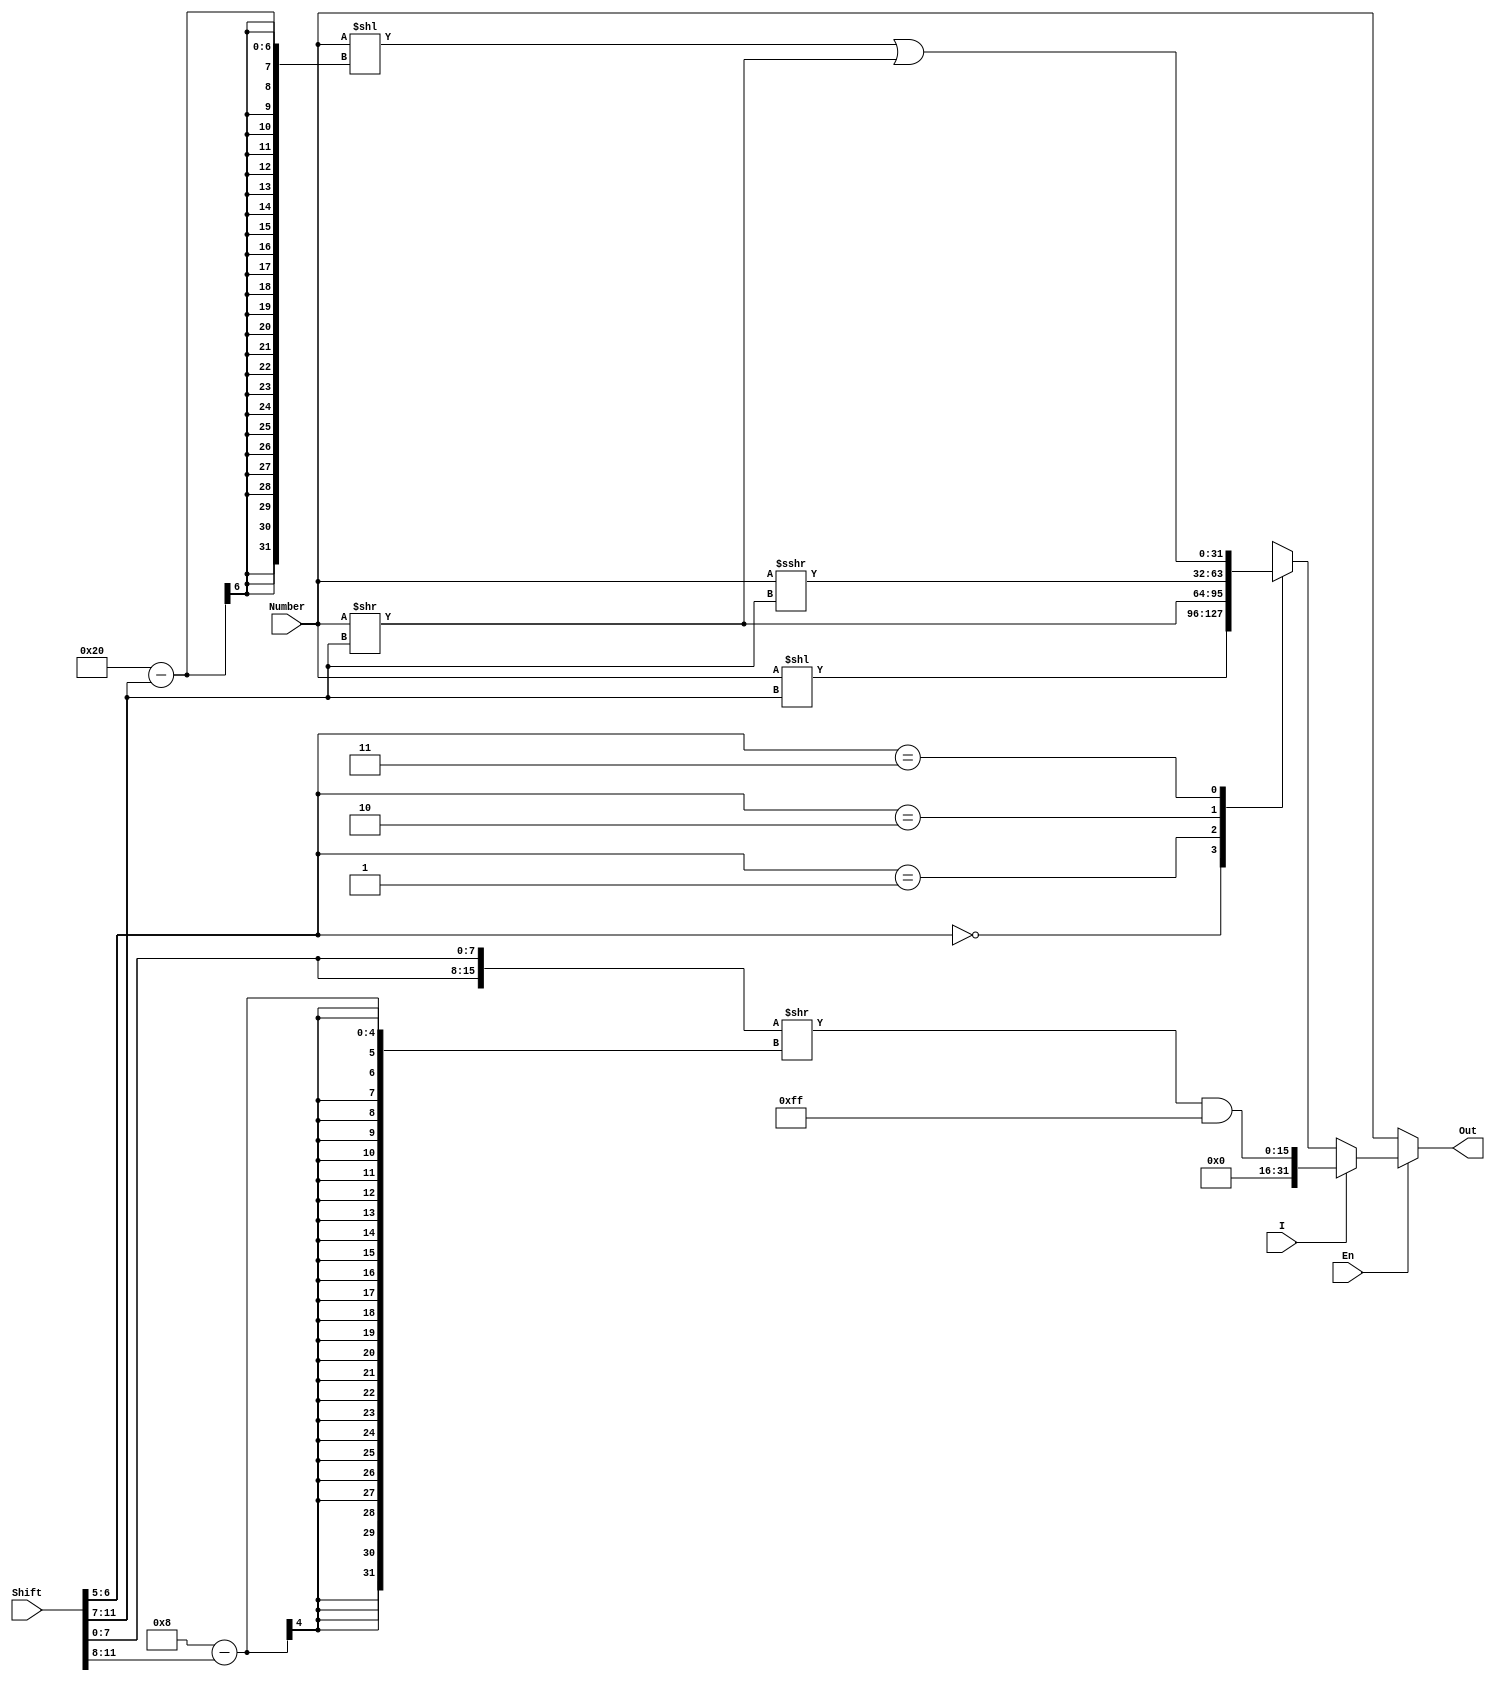
module Shifter #(
	parameter WIDTH = 32
) (
	input wire [11:0] 		Shift,
	input wire signed  [WIDTH-1:0]	Number,
	input wire 					I,
	input wire 					En,
	output reg signed [WIDTH-1:0] 	Out
);	
	wire [WIDTH-1:0] LeftShifted;
	wire [WIDTH-1:0] RighthShifted;
	assign LeftShifted = Number << Shift[11:7];
	assign RighthShifted = Number >> Shift[11:7];

	always @ (*)
	if(En)
		if(I)
			Out = ({ {16{1'b0}} ,{Shift[7:0], Shift[7:0]} >> (8-Shift[11:8])}) & 32'h000000FF;
		
		else
			case(Shift[6:5])
				2'b00:
						begin
							Out = LeftShifted;
						end
				2'b01:
						begin
							Out = RighthShifted;
						end
				2'b10:
						begin
							Out = Number >>> Shift[11:7];
						end
				2'b11:
						begin
							Out = (Number << (WIDTH-Shift[11:7])) | RighthShifted;	// Rotate Right
//							Out = (LeftShifted) | (Number >> (WIDTH-Shift[11:7]));	// Rotate left
						end
			endcase		
	else
		Out = Number;
		
endmodule